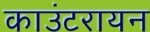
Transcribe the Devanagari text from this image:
काउंटरायन